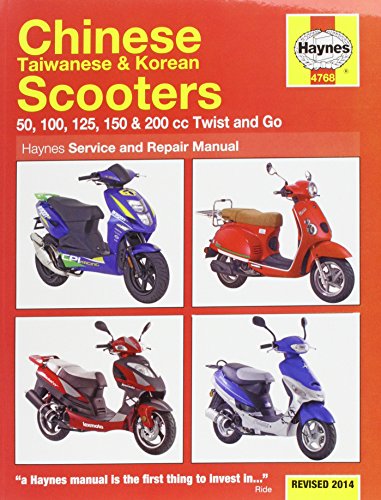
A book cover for Chinese Taiwanese & Korean Scooters Revised 2014: 50, 100, 125, 150 & 200 cc Twist and Go (Haynes Service & Repair Manual); Haynes; Engineering & Transportation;